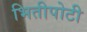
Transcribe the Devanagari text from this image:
भितीपोटी